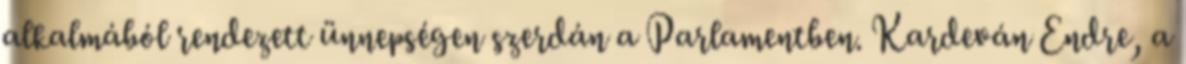
alkalmából rendezett ünnepségen szerdán a Parlamentben. Kardeván Endre, a